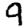
Digit: 9